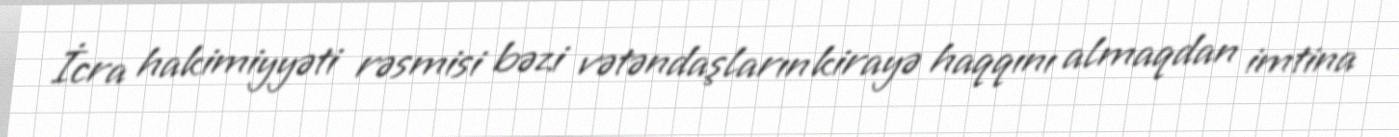
İcra hakimiyyəti rəsmisi bəzi vətəndaşların kirayə haqqını almaqdan imtina